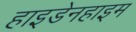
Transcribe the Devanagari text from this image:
हाइडेनहाइम